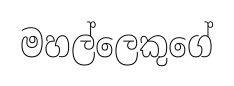
මහල්ලෙකුගේ